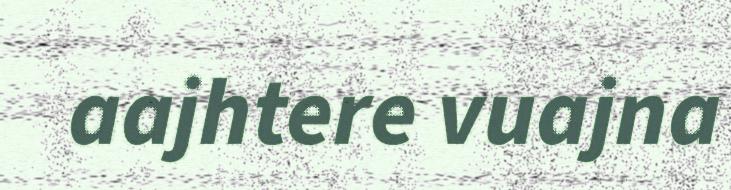
aajhtere vuajna